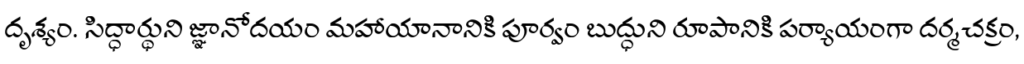
దృశ్యం. సిద్ధార్థుని జ్ఞానోదయం మహాయానానికి పూర్వం బుద్ధుని రూపానికి పర్యాయంగా దర్మచక్రం,